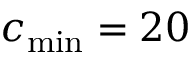
c _ { \operatorname* { m i n } } = 2 0